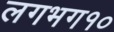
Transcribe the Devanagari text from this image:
लगभग१०